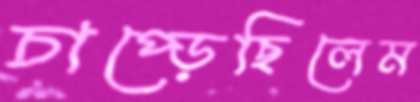
চাপ্‌ড়েছিলেম